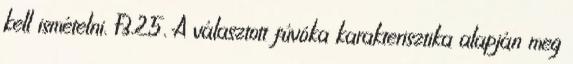
kell ismételni. F3.25. A választott fúvóka karakterisztika alapján meg